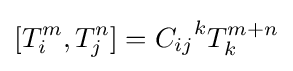
[T_{i}^{m},T_{j}^{n}]={C_{ij}}^{k}T_{k}^{m+n}